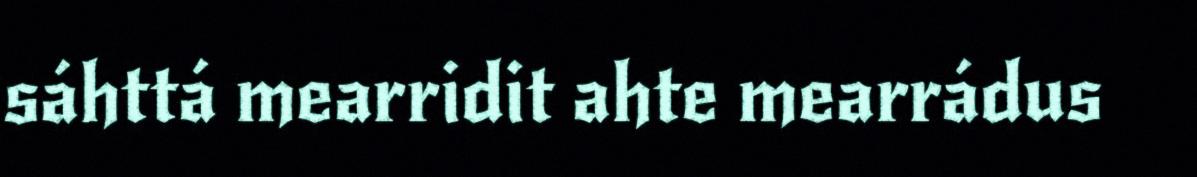
sáhttá mearridit ahte mearrádus